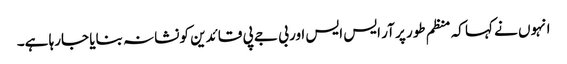
انہوں نے کہا کہ منظم طور پر آر ایس ایس اور بی جے پی قائدین کو نشانہ بنایا جارہا ہے۔